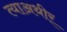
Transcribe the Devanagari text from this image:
त्याअथीर्